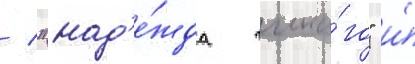
/ "над'е́жда чика́го" и́